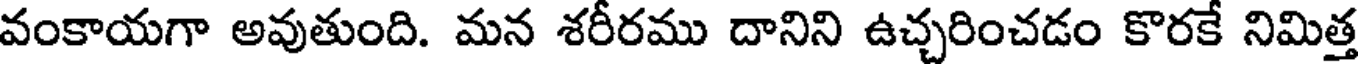
వంకాయగా అవుతుంది. మన శరీరము దానిని ఉచ్చరించడం కొరకే నిమిత్త